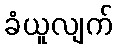
ခံယူလျက်